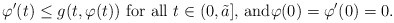
\begin{align*}\varphi'(t) \le g(t,\varphi(t)) \, \, \mbox{for all $t \in (0,\tilde a]$, and}\varphi(0)=\varphi'(0)=0.\end{align*}